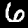
Digit: 6